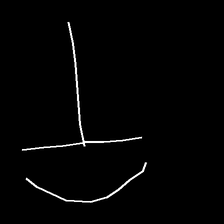
Glyph: dispersion